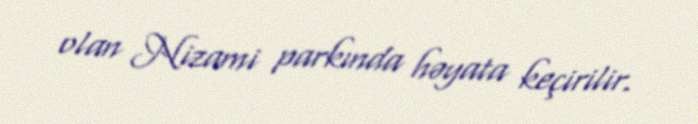
olan Nizami parkında həyata keçirilir.